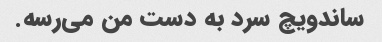
ساندویچ سرد به دست من می‌رسه.